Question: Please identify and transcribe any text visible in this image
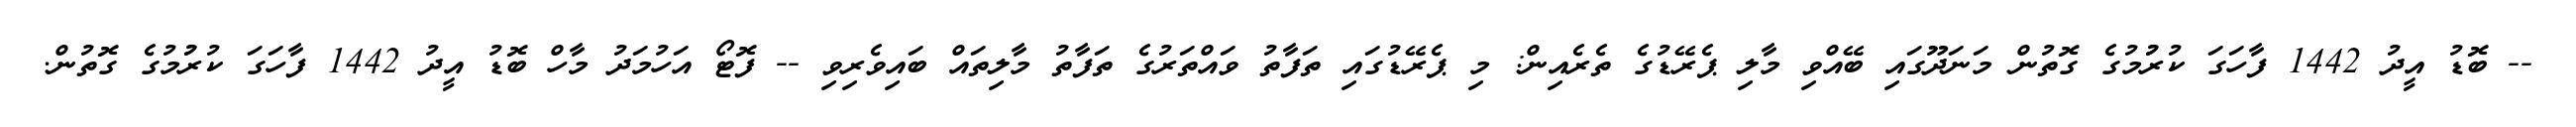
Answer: -- ބޮޑު އީދު 1442 ފާހަގަ ކުރުުމުގެ ގޮތުން މަނަދޫގައި ބޭއްވި މާލި ޕެރޭޑުގެ ތެރެއިން: މި ޕެރޭޑުގައި ތަފާތު ވައްތަރުގެ ތަފާތު މާލިތައް ބައިވެރިވި -- ފޮޓޯ އަހުމަދު މާހް ބޮޑު އީދު 1442 ފާހަގަ ކުރުުމުގެ ގޮތުން.